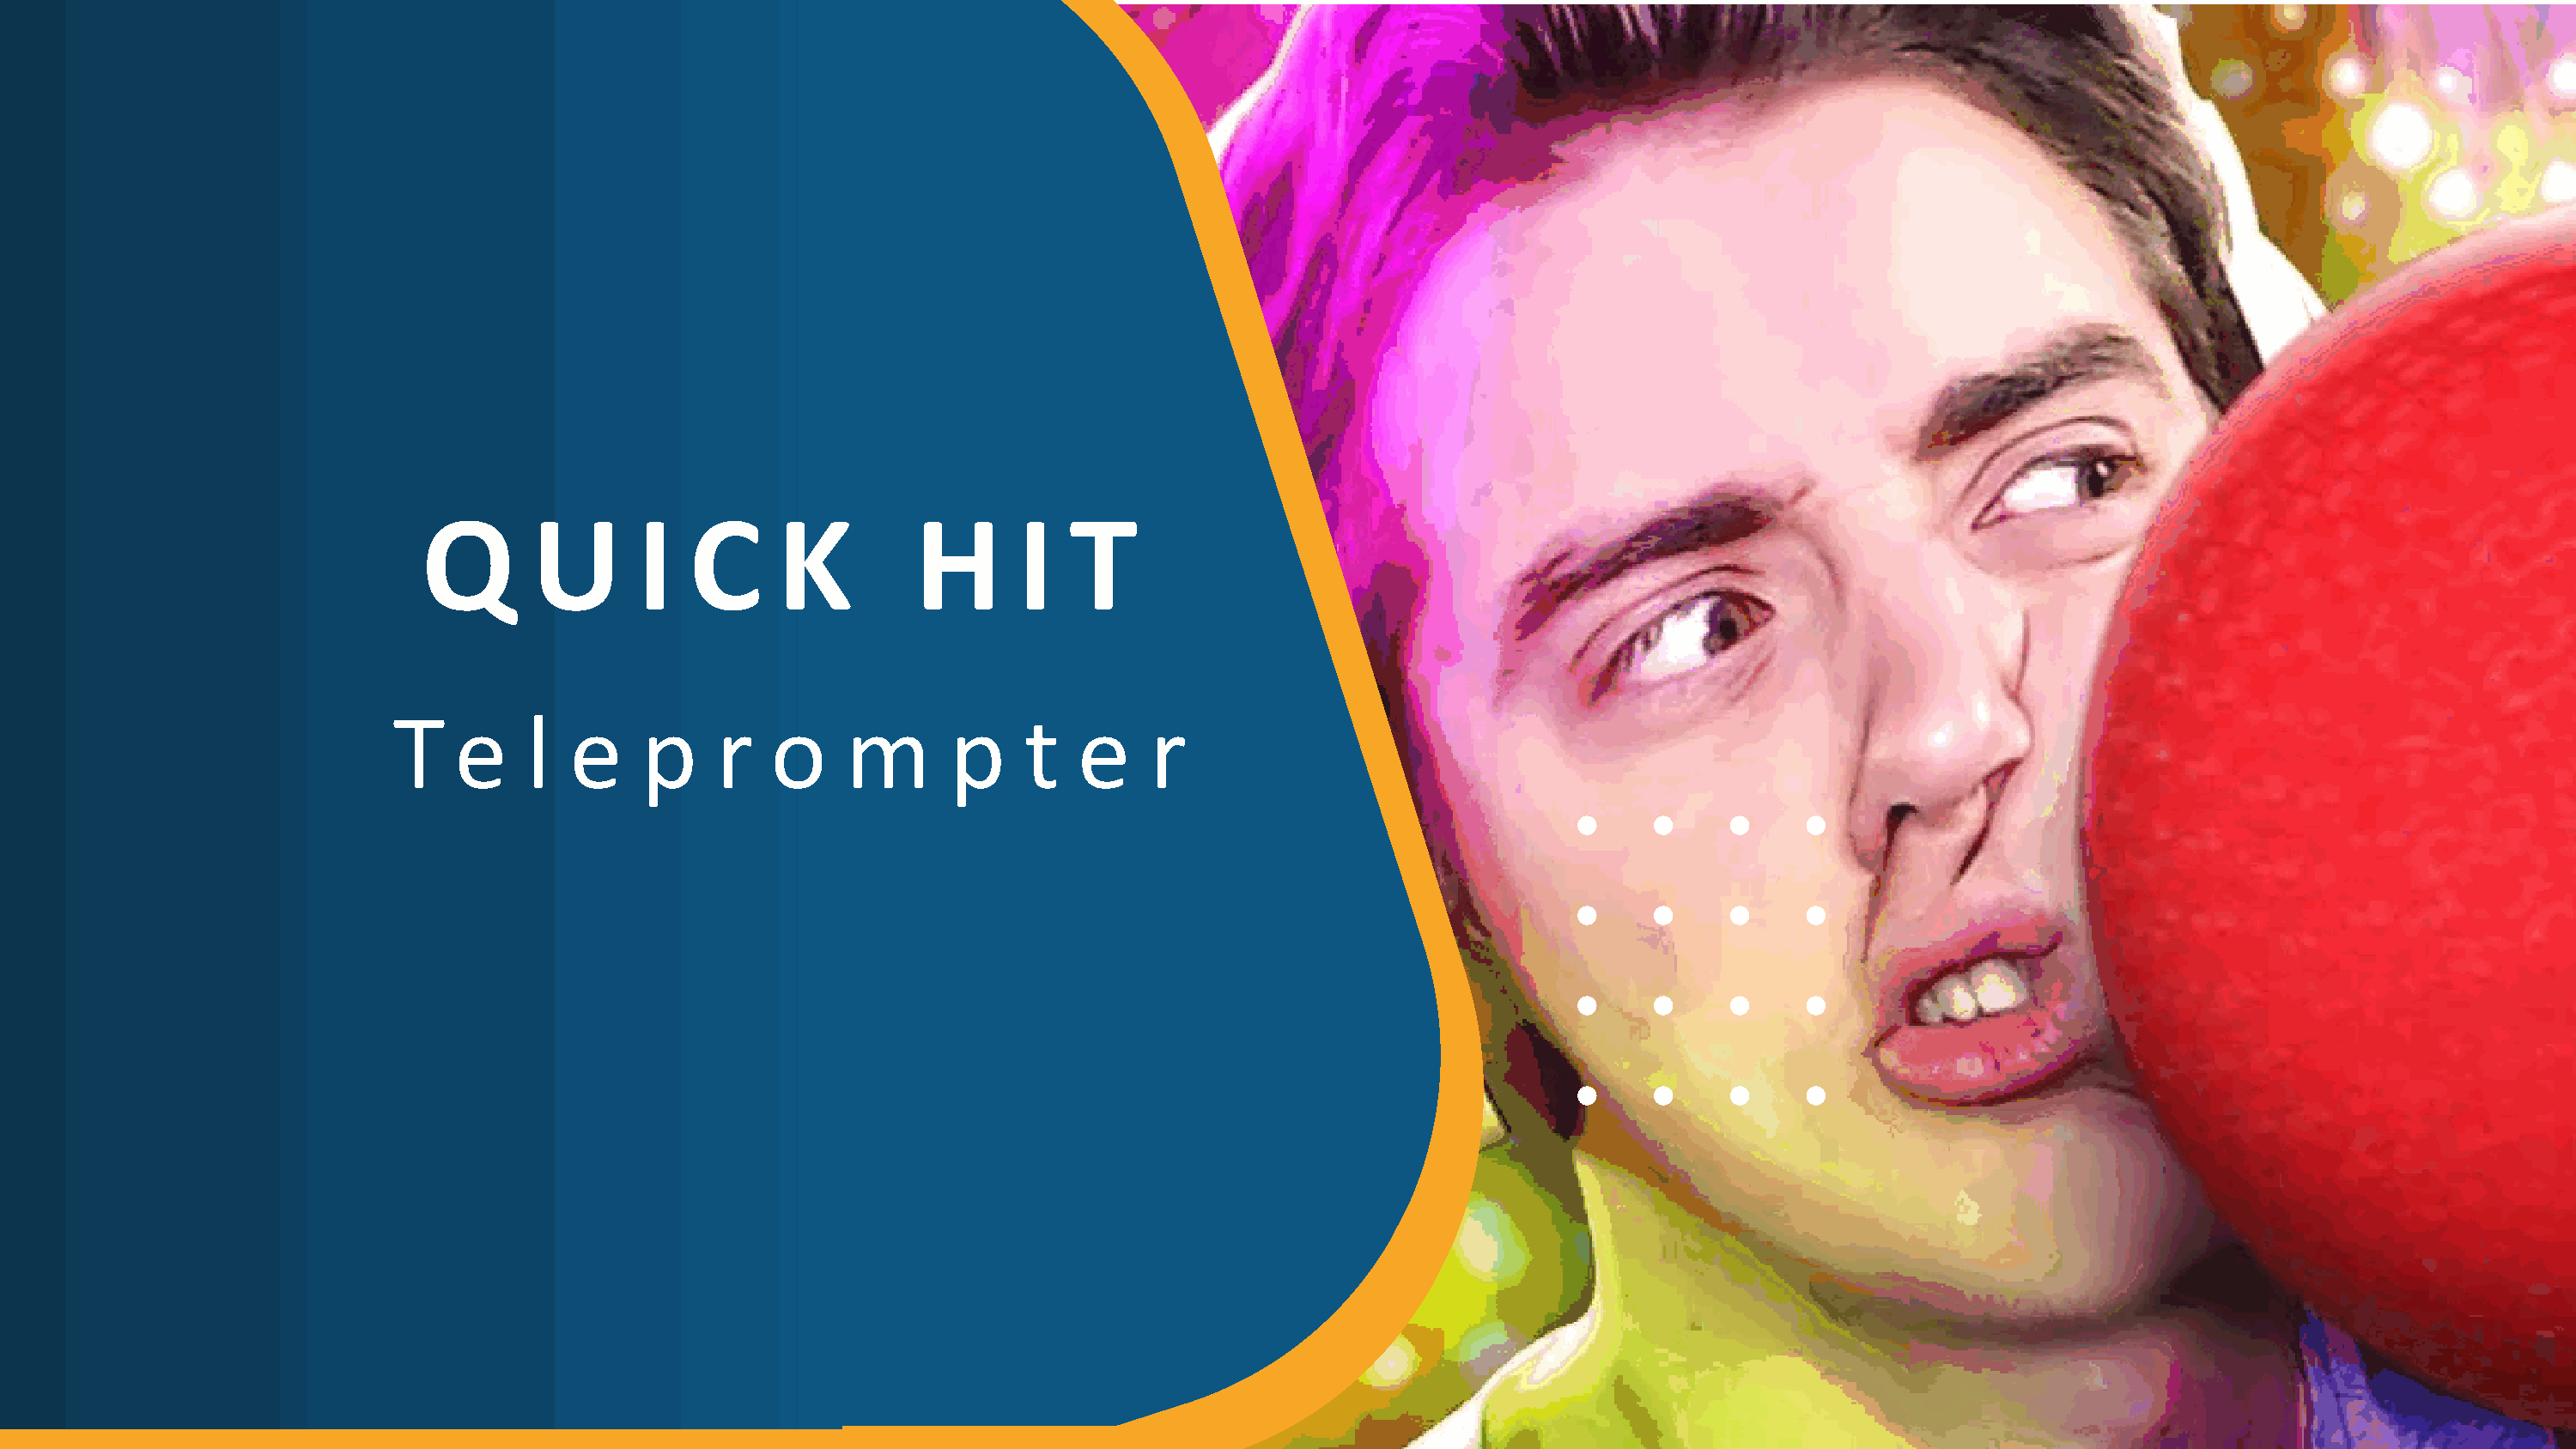
Q        U       I   C      K          H      I   T
 T    e     l  e    p     r   o     m       p     t   e     r